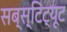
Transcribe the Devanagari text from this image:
सब्स्टिट्यूट